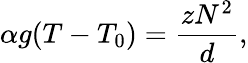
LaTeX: \alpha g(T-T_{0})=\frac{zN^{2}}{d},